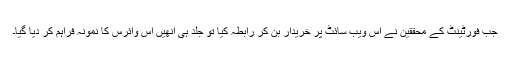
جب فورٹینٹ کے محققین نے اس ویب سائٹ پر خریدار بن کر رابطہ کیا تو جلد ہی انھیں اس وائرس کا نمونہ فراہم کر دیا گیا۔